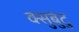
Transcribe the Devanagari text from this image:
क्सुबुंटु